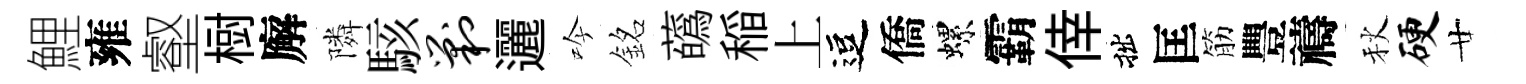
鯉雍壑𣗳廨隣駭剿邐吟銘蘤稲上逗僑螺霸倖拙匡筋豐禱秋硬廿